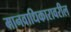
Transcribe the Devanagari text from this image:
मानवाधिकारावरील